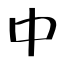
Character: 中